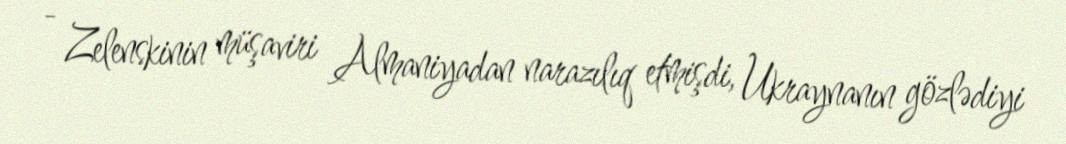
- Zelenskinin müşaviri Almaniyadan narazılıq etmişdi, Ukraynanın gözlədiyi